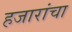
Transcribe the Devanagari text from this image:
हजारांचा